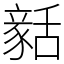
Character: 𧱳